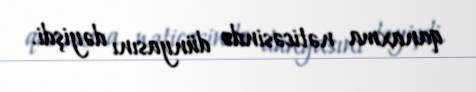
qanaxma nəticəsində dünyasını dəyişdi.